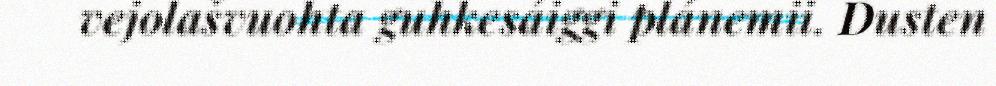
vejolašvuohta guhkesáiggi plánemii. Dusten